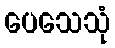
ပေသေသုံ